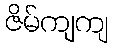
ဇိမ်ကျကျ